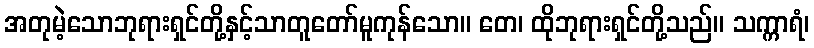
အတုမဲ့သောဘုရားရှင်တို့နှင့်သာတူတော်မူကုန်သော။ တေ၊ ထိုဘုရားရှင်တို့သည်။ သက္ကာရံ၊